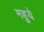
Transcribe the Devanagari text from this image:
महुये